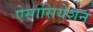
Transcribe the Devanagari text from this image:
ऐसासियेशन